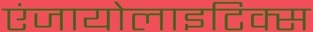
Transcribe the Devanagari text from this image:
एंजायोलाइटिक्स